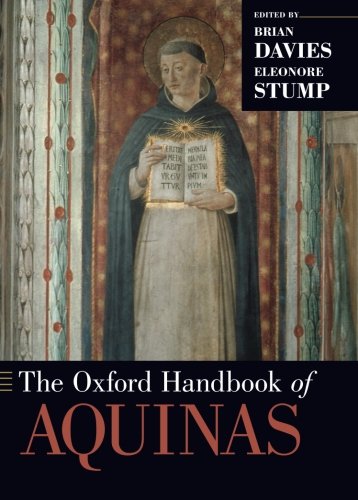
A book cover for The Oxford Handbook of Aquinas (Oxford Handbooks); Politics & Social Sciences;